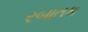
રબાતક